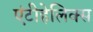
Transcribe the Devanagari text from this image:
एंटीहेलिक्स